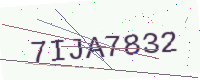
Text: 7IJA7832